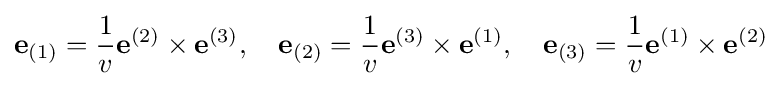
\mathbf {e} _{(1)}={\frac {1}{v}}\mathbf {e} ^{(2)}\times \mathbf {e} ^{(3)},\quad \mathbf {e} _{(2)}={\frac {1}{v}}\mathbf {e} ^{(3)}\times \mathbf {e} ^{(1)},\quad \mathbf {e} _{(3)}={\frac {1}{v}}\mathbf {e} ^{(1)}\times \mathbf {e} ^{(2)}